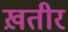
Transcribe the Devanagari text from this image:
ख़तीर